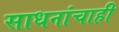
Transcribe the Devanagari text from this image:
साधनांचाही